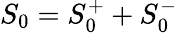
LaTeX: S_{0}=S_{0}^{+}+S_{0}^{-}